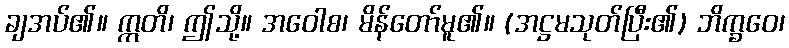
ချအပ်၏။ ဣတိ၊ ဤသို့။ အဝေါစ၊ မိန်တော်မူ၏။ (အဋ္ဌမသုတ်ပြီး၏) ဘိက္ခဝေ၊